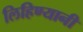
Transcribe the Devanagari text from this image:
लिहिण्यानी